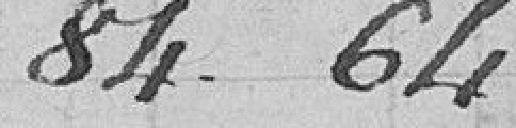
84.64